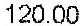
120.00